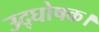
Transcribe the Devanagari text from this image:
उद्घोषक।